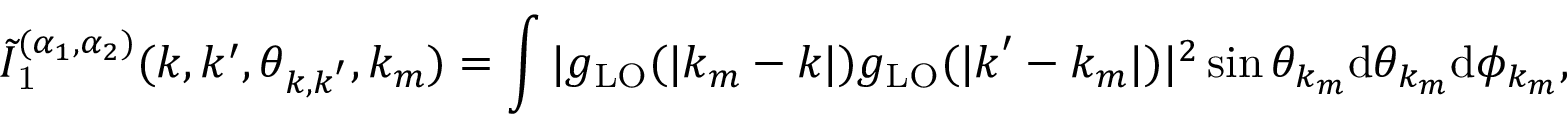
\tilde { I } _ { \mathrm { 1 } } ^ { ( \alpha _ { 1 } , \alpha _ { 2 } ) } ( k , k ^ { \prime } , \theta _ { \boldsymbol { k } , \boldsymbol { k } ^ { \prime } } , k _ { m } ) = \int | g _ { \mathrm { L O } } ( | k _ { m } - \boldsymbol { k } | ) g _ { \mathrm { L O } } ( | \boldsymbol { k } ^ { \prime } - k _ { m } | ) | ^ { 2 } \sin \theta _ { k _ { m } } \mathrm { d } \theta _ { k _ { m } } \mathrm { d } \phi _ { k _ { m } } ,